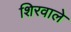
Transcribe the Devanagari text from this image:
शिरवाले